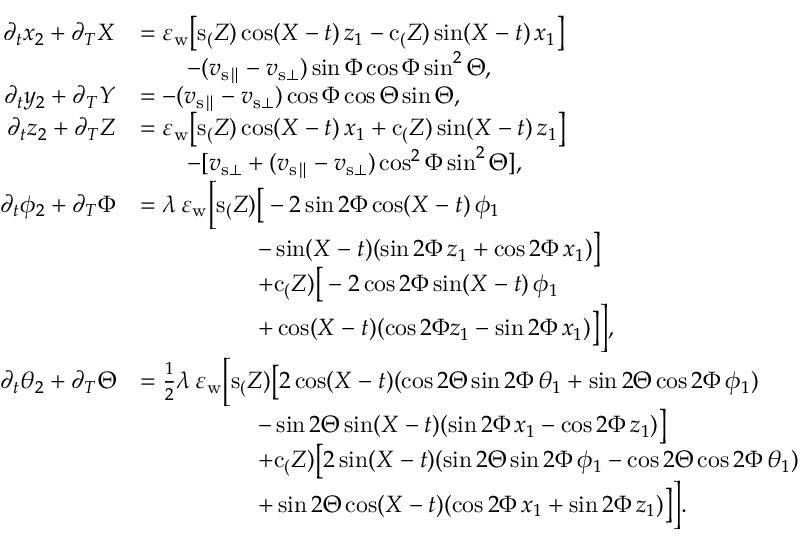
\begin{array} { r l } { \partial _ { t } x _ { 2 } + \partial _ { T } X } & { = \varepsilon _ { \mathrm { w } } \big [ \mathrm { s } _ ( Z ) \cos ( X - t ) \, z _ { 1 } - \mathrm { c } _ ( Z ) \sin ( X - t ) \, x _ { 1 } \big ] } \\ & { \qquad - ( v _ { { \mathrm { s } } \parallel } - v _ { { \mathrm { s } } \bot } ) \sin \Phi \cos \Phi \sin ^ { 2 } \Theta , } \\ { \partial _ { t } y _ { 2 } + \partial _ { T } Y } & { = - ( v _ { { \mathrm { s } } \parallel } - v _ { { \mathrm { s } } \bot } ) \cos \Phi \cos \Theta \sin \Theta , } \\ { \partial _ { t } z _ { 2 } + \partial _ { T } Z } & { = \varepsilon _ { \mathrm { w } } \big [ \mathrm { s } _ ( Z ) \cos ( X - t ) \, x _ { 1 } + \mathrm { c } _ ( Z ) \sin ( X - t ) \, z _ { 1 } \big ] } \\ & { \qquad - [ v _ { { \mathrm { s } } \bot } + ( v _ { { \mathrm { s } } \parallel } - v _ { { \mathrm { s } } \bot } ) \cos ^ { 2 } \Phi \sin ^ { 2 } \Theta ] , } \\ { \partial _ { t } { \phi _ { 2 } } + \partial _ { T } \Phi } & { = \lambda \, \varepsilon _ { \mathrm { w } } \bigg [ \mathrm { s } _ ( Z ) \big [ - 2 \sin { 2 \Phi } \cos ( X - t ) \, \phi _ { 1 } } \\ & { \qquad \qquad \quad - \sin ( X - t ) ( \sin { 2 \Phi } \, z _ { 1 } + \cos { 2 \Phi } \, x _ { 1 } ) \big ] } \\ & { \qquad \qquad \quad + \mathrm { c } _ ( Z ) \big [ - 2 \cos { 2 \Phi } \sin ( X - t ) \, \phi _ { 1 } } \\ & { \qquad \qquad \quad + \cos ( X - t ) ( \cos { 2 \Phi } z _ { 1 } - \sin { 2 \Phi } \, x _ { 1 } ) \big ] \bigg ] , } \\ { \partial _ { t } { \theta _ { 2 } } + \partial _ { T } \Theta } & { = \frac { 1 } { 2 } \lambda \, \varepsilon _ { \mathrm { w } } \bigg [ \mathrm { s } _ ( Z ) \big [ 2 \cos ( X - t ) ( \cos { 2 \Theta } \sin { 2 \Phi } \, \theta _ { 1 } + \sin { 2 \Theta } \cos { 2 \Phi } \, \phi _ { 1 } ) } \\ & { \qquad \qquad \quad - \sin { 2 \Theta } \sin ( X - t ) ( \sin { 2 \Phi } \, x _ { 1 } - \cos { 2 \Phi } \, z _ { 1 } ) \big ] } \\ & { \qquad \qquad \quad + \mathrm { c } _ ( Z ) \big [ 2 \sin ( X - t ) ( \sin { 2 \Theta } \sin { 2 \Phi } \, \phi _ { 1 } - \cos { 2 \Theta } \cos { 2 \Phi } \, \theta _ { 1 } ) } \\ & { \qquad \qquad \quad + \sin { 2 \Theta } \cos ( X - t ) ( \cos { 2 \Phi } \, x _ { 1 } + \sin { 2 \Phi } \, z _ { 1 } ) \big ] \bigg ] . } \end{array}